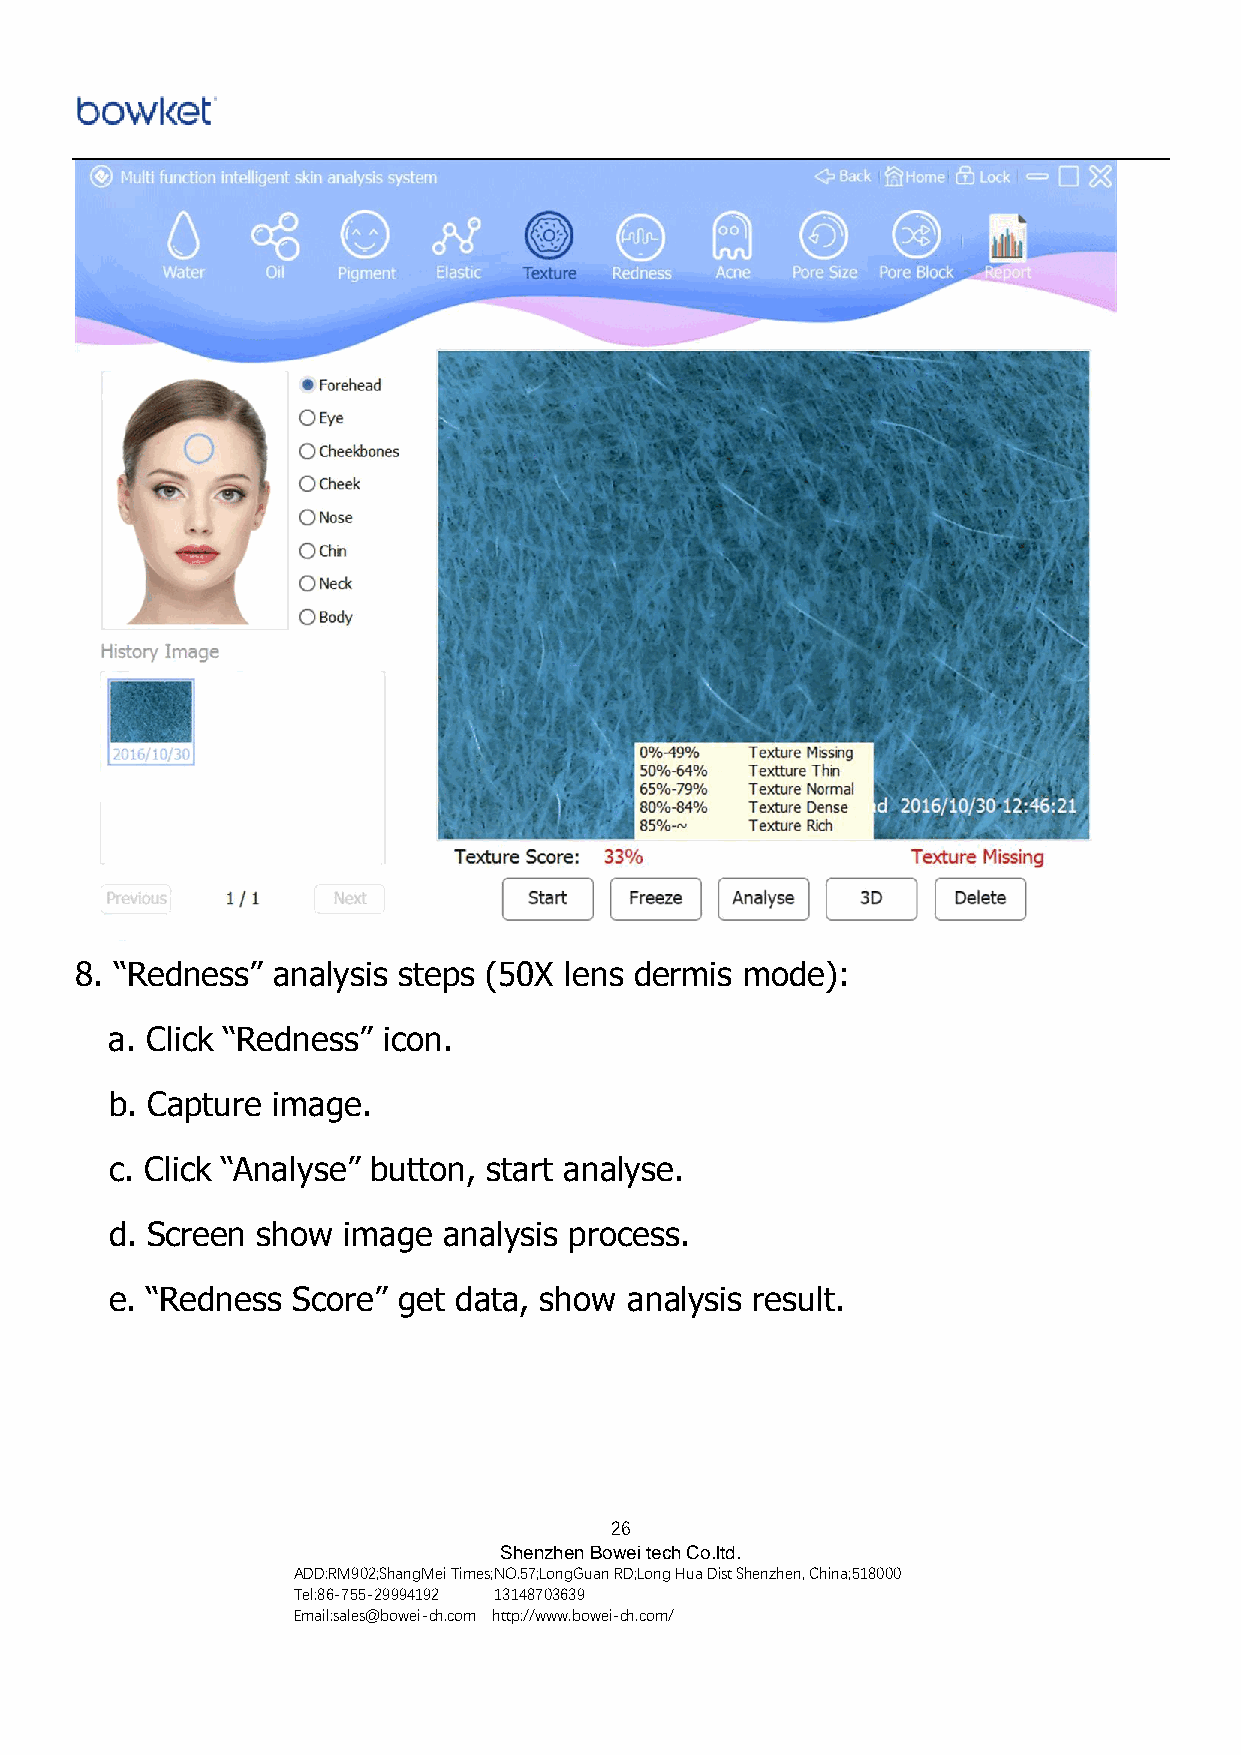
8. “Redness” analysis steps (50X lens dermis mode):
 a. Click “Redness” icon.
 b. Capture image.
 c. Click “Analyse” button, start analyse.
 d. Screen show  image analysis process.
 e. “Redness Score” get data, show analysis result.
 26
 Shenzhen Bowei tech Co.ltd.
 ADD:RM902;ShangMei Times;NO.57;LongGuan RD;Long Hua Dist Shenzhen, China;518000
 Tel:86-755-29994192 13148703639
 Email:sales@bowei-ch.com http://www.bowei-ch.com/